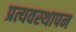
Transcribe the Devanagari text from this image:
प्रत्यवस्थापन